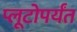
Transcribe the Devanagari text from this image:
प्लूटोपर्यंत